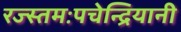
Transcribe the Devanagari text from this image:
रज्स्तमःपचेन्द्रियानी